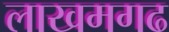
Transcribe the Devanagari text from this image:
लाखमगढ